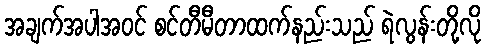
အချက်အပါအဝင် စင်တီမီတာထက်နည်းသည် ရဲလွန်းတို့လို